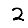
Digit: 2